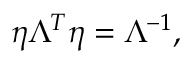
\eta \Lambda ^ { T } \eta = \Lambda ^ { - 1 } ,